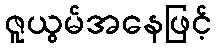
ဇူယွမ်အနေဖြင့်